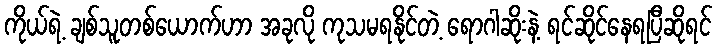
ကိုယ်ရဲ့ ချစ်သူတစ်ယောက်ဟာ အခုလို ကုသမရနိုင်တဲ့ ရောဂါဆိုးနဲ့ ရင်ဆိုင်နေရပြီဆိုရင်